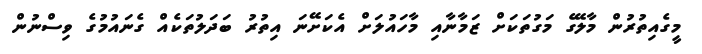
މީގެއިތުރުން މާލޭގެ މަގުތަކަށް ޒަމާނާއި މާހައުލަށް އެކަށޭނަ އިތުރު ބަދަލުތަކެއް ގެނައުމުގެ ވިސްނުން